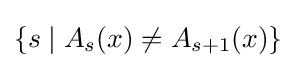
\{s\mid A_{s}(x)\neq A_{s+1}(x)\}